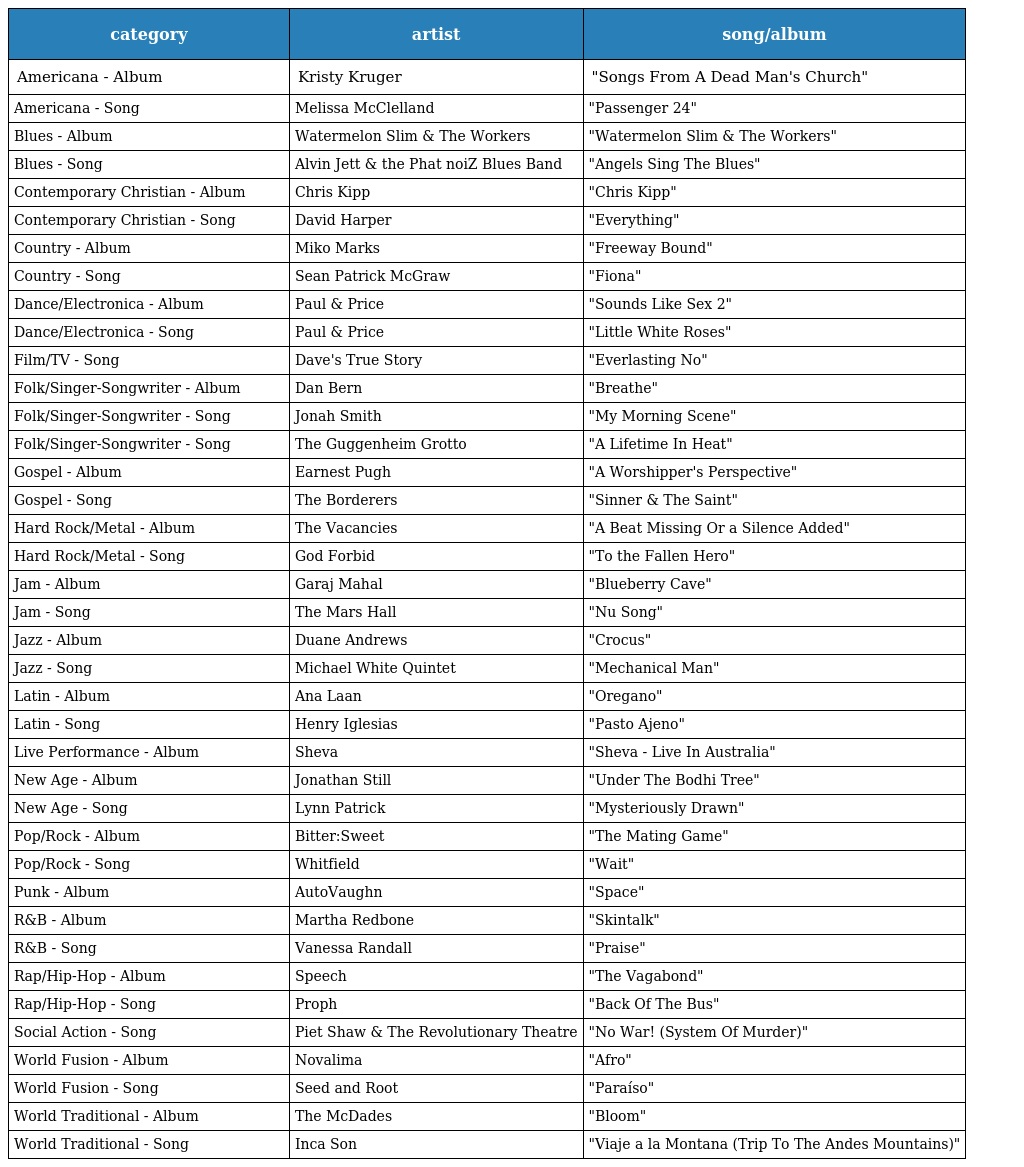
| category | artist | song/album |
 | --- | --- | --- |
 | Americana - Album | Kristy Kruger | "Songs From A Dead Man's Church" |
 | Americana - Song | Melissa McClelland | "Passenger 24" |
 | Blues - Album | Watermelon Slim & The Workers | "Watermelon Slim & The Workers" |
 | Blues - Song | Alvin Jett & the Phat noiZ Blues Band | "Angels Sing The Blues" |
 | Contemporary Christian - Album | Chris Kipp | "Chris Kipp" |
 | Contemporary Christian - Song | David Harper | "Everything" |
 | Country - Album | Miko Marks | "Freeway Bound" |
 | Country - Song | Sean Patrick McGraw | "Fiona" |
 | Dance/Electronica - Album | Paul & Price | "Sounds Like Sex 2" |
 | Dance/Electronica - Song | Paul & Price | "Little White Roses" |
 | Film/TV - Song | Dave's True Story | "Everlasting No" |
 | Folk/Singer-Songwriter - Album | Dan Bern | "Breathe" |
 | Folk/Singer-Songwriter - Song | Jonah Smith | "My Morning Scene" |
 | Folk/Singer-Songwriter - Song | The Guggenheim Grotto | "A Lifetime In Heat" |
 | Gospel - Album | Earnest Pugh | "A Worshipper's Perspective" |
 | Gospel - Song | The Borderers | "Sinner & The Saint" |
 | Hard Rock/Metal - Album | The Vacancies | "A Beat Missing Or a Silence Added" |
 | Hard Rock/Metal - Song | God Forbid | "To the Fallen Hero" |
 | Jam - Album | Garaj Mahal | "Blueberry Cave" |
 | Jam - Song | The Mars Hall | "Nu Song" |
 | Jazz - Album | Duane Andrews | "Crocus" |
 | Jazz - Song | Michael White Quintet | "Mechanical Man" |
 | Latin - Album | Ana Laan | "Oregano" |
 | Latin - Song | Henry Iglesias | "Pasto Ajeno" |
 | Live Performance - Album | Sheva | "Sheva - Live In Australia" |
 | New Age - Album | Jonathan Still | "Under The Bodhi Tree" |
 | New Age - Song | Lynn Patrick | "Mysteriously Drawn" |
 | Pop/Rock - Album | Bitter:Sweet | "The Mating Game" |
 | Pop/Rock - Song | Whitfield | "Wait" |
 | Punk - Album | AutoVaughn | "Space" |
 | R&B - Album | Martha Redbone | "Skintalk" |
 | R&B - Song | Vanessa Randall | "Praise" |
 | Rap/Hip-Hop - Album | Speech | "The Vagabond" |
 | Rap/Hip-Hop - Song | Proph | "Back Of The Bus" |
 | Social Action - Song | Piet Shaw & The Revolutionary Theatre | "No War! (System Of Murder)" |
 | World Fusion - Album | Novalima | "Afro" |
 | World Fusion - Song | Seed and Root | "Paraíso" |
 | World Traditional - Album | The McDades | "Bloom" |
 | World Traditional - Song | Inca Son | "Viaje a la Montana (Trip To The Andes Mountains)" |